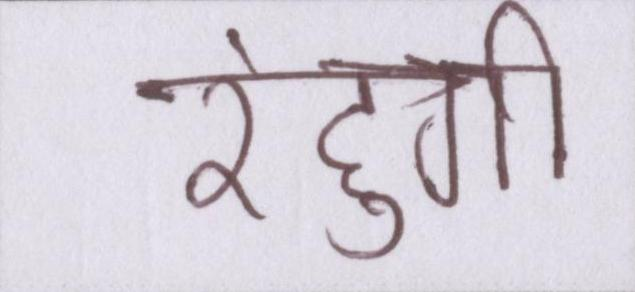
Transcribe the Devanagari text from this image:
रहुंगी